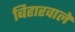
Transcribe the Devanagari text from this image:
बिहारवाले